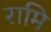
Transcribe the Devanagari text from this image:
रामि